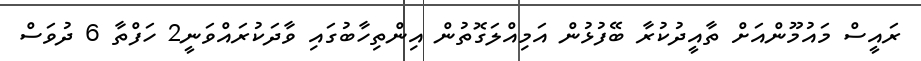
ރައީސް މައުމޫންއަށް ތާއީދުކުރާ ބޭފުޅުން އަމިއްލަގޮތުން އިންތިހާބުގައި ވާދަކުރައްވަނީ2 ހަފްތާ 6 ދުވަސް